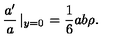
\frac { a ^ { \prime } } { a } \left| _ { y = 0 } \right. = \frac { 1 } { 6 } a b \rho .